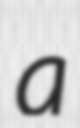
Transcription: a